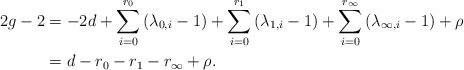
LaTeX: \begin{align*}\begin{aligned}2g-2 &= -2 d + \sum_{i=0}^{r_0} \left(\lambda_{0,i} - 1\right) + \sum_{i=0}^{r_1} \left(\lambda_{1,i} - 1\right)+ \sum_{i=0}^{r_\infty} \left(\lambda_{\infty,i} - 1\right) + \rho \\&= d-r_0-r_1-r_\infty+\rho.\end{aligned}\end{align*}